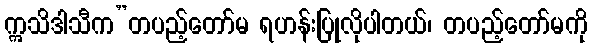
ဣသိဒါသီက”တပည့်တော်မ ရဟန်းပြုလိုပါတယ်၊ တပည့်တော်မကို